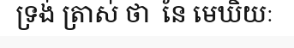
ទ្រង់ ត្រាស់ ថា  នែ មេឃិយៈ